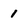
Character: 1